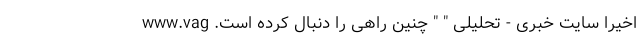
اخیرا سایت خبری - تحلیلی " " چنین راهی را دنبال کرده است. www.vag